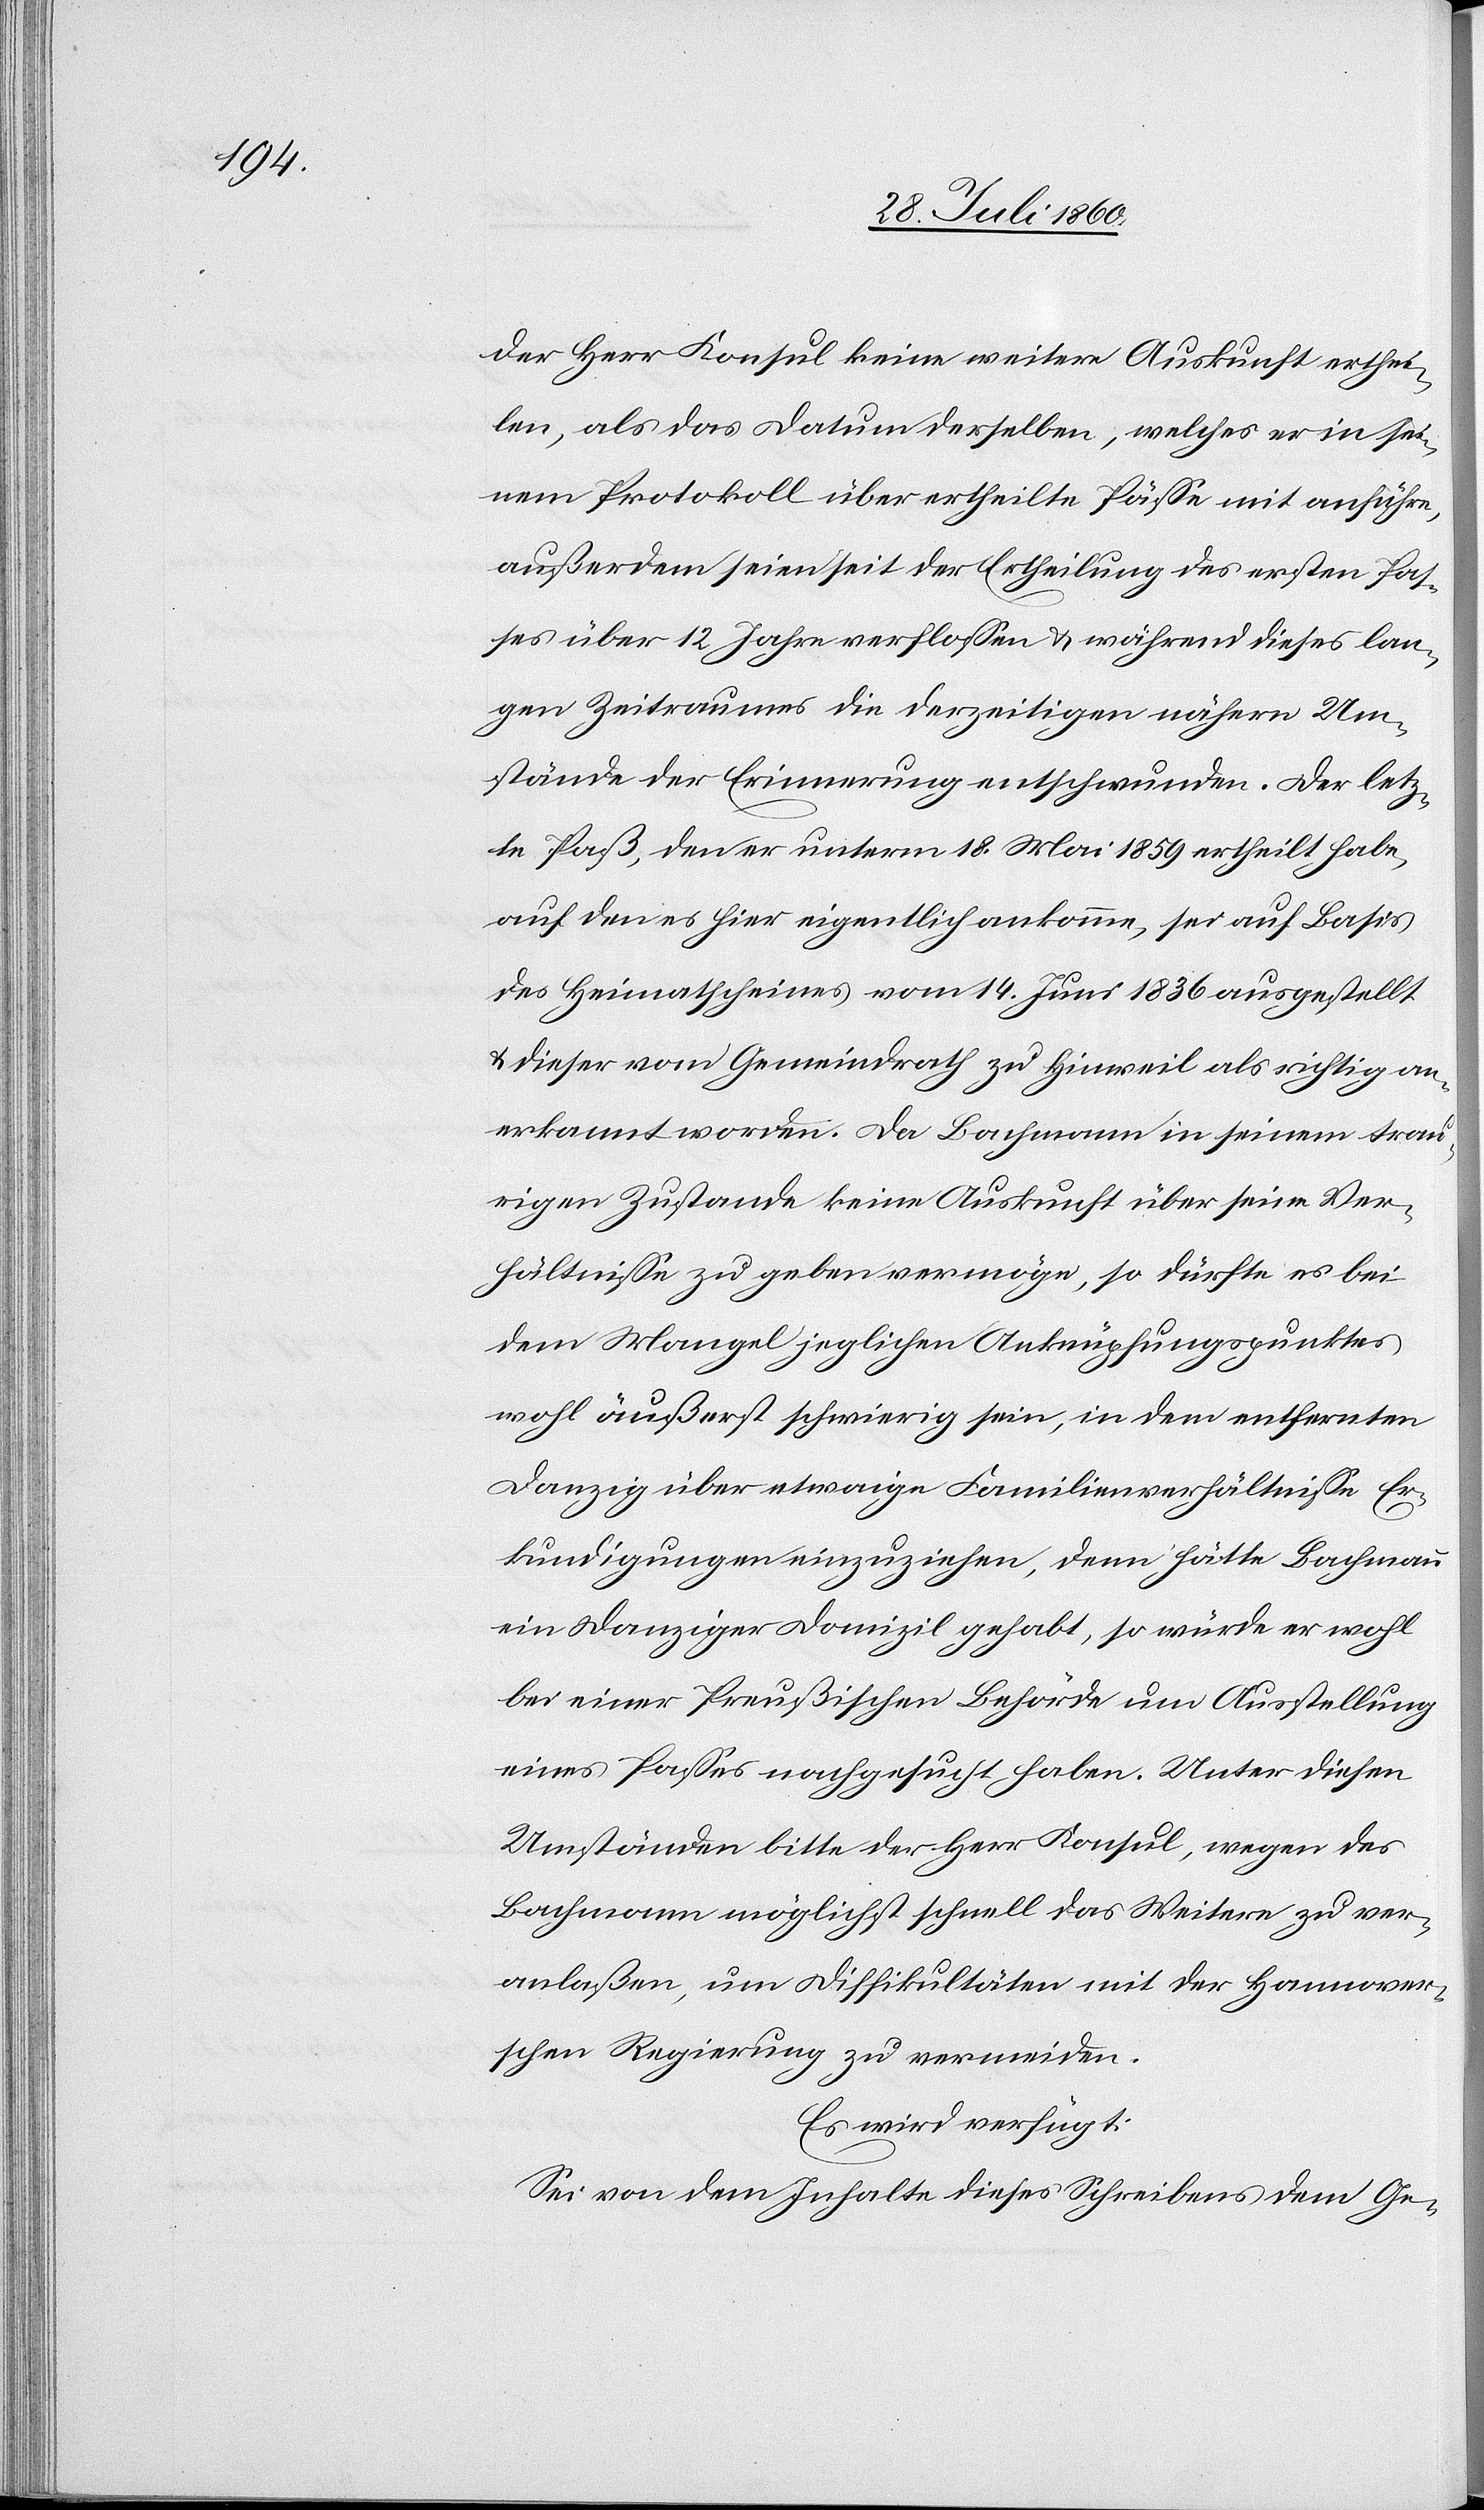
der Herr Konsul keine weitere Auskunft erhei¬
len, als das Datum derselben, welches er in sei¬
nem Protokoll über ertheilte Pässe mit anführe,
ausserdem seien seit der Ertheilung des ersten Pas¬
ses über 12. Jahre verflossen und während dieses lan¬
gen Zeitraumes die derzeitigen nähern Um¬
stände der Erinnerung entschwunden. Der letz¬
te Paß, den er unterm 18. Mai 1859 ausgestellt habe,
auf den es hier eigentlich ankomme, sei auf Basis
des Heimathscheines vom 14. Juni ausgestellt
und dieser vom Gemeindrath zu Hinweil als richtig an¬
erkannt worden. Da Bachmann in seinem trau¬
rigen Zustande keine Auskunft über seine Ver¬
hältnisse zu geben vermöge, so dürfte es bei
dem Mangel jeglichen Anknüpfungspunktes
wohl äußerst schwierig sein, in dem entfernten
Danzig über etwaige Familienverhältnisse Er¬
kundigung einzuziehen, denn hätte Bachmann
ein Danziger Domizil gehabt, so würde er wohl
bei einer Preussischen Behörde um Ausstellung
eines Passes nachgesucht haben. Unter diesen
Umständen bitte der Herr Konsul, wegen des
Bachmann möglichst schnell das Weitere zu ver¬
anlassen, um Difficultäten mit der Hannover¬
schen Regierung zu vermeiden.
Es wird verfügt:
Sei von dem Inhalte dieses Schreibens dem Ge-